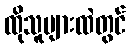
ထိုသူများထဲတွင်